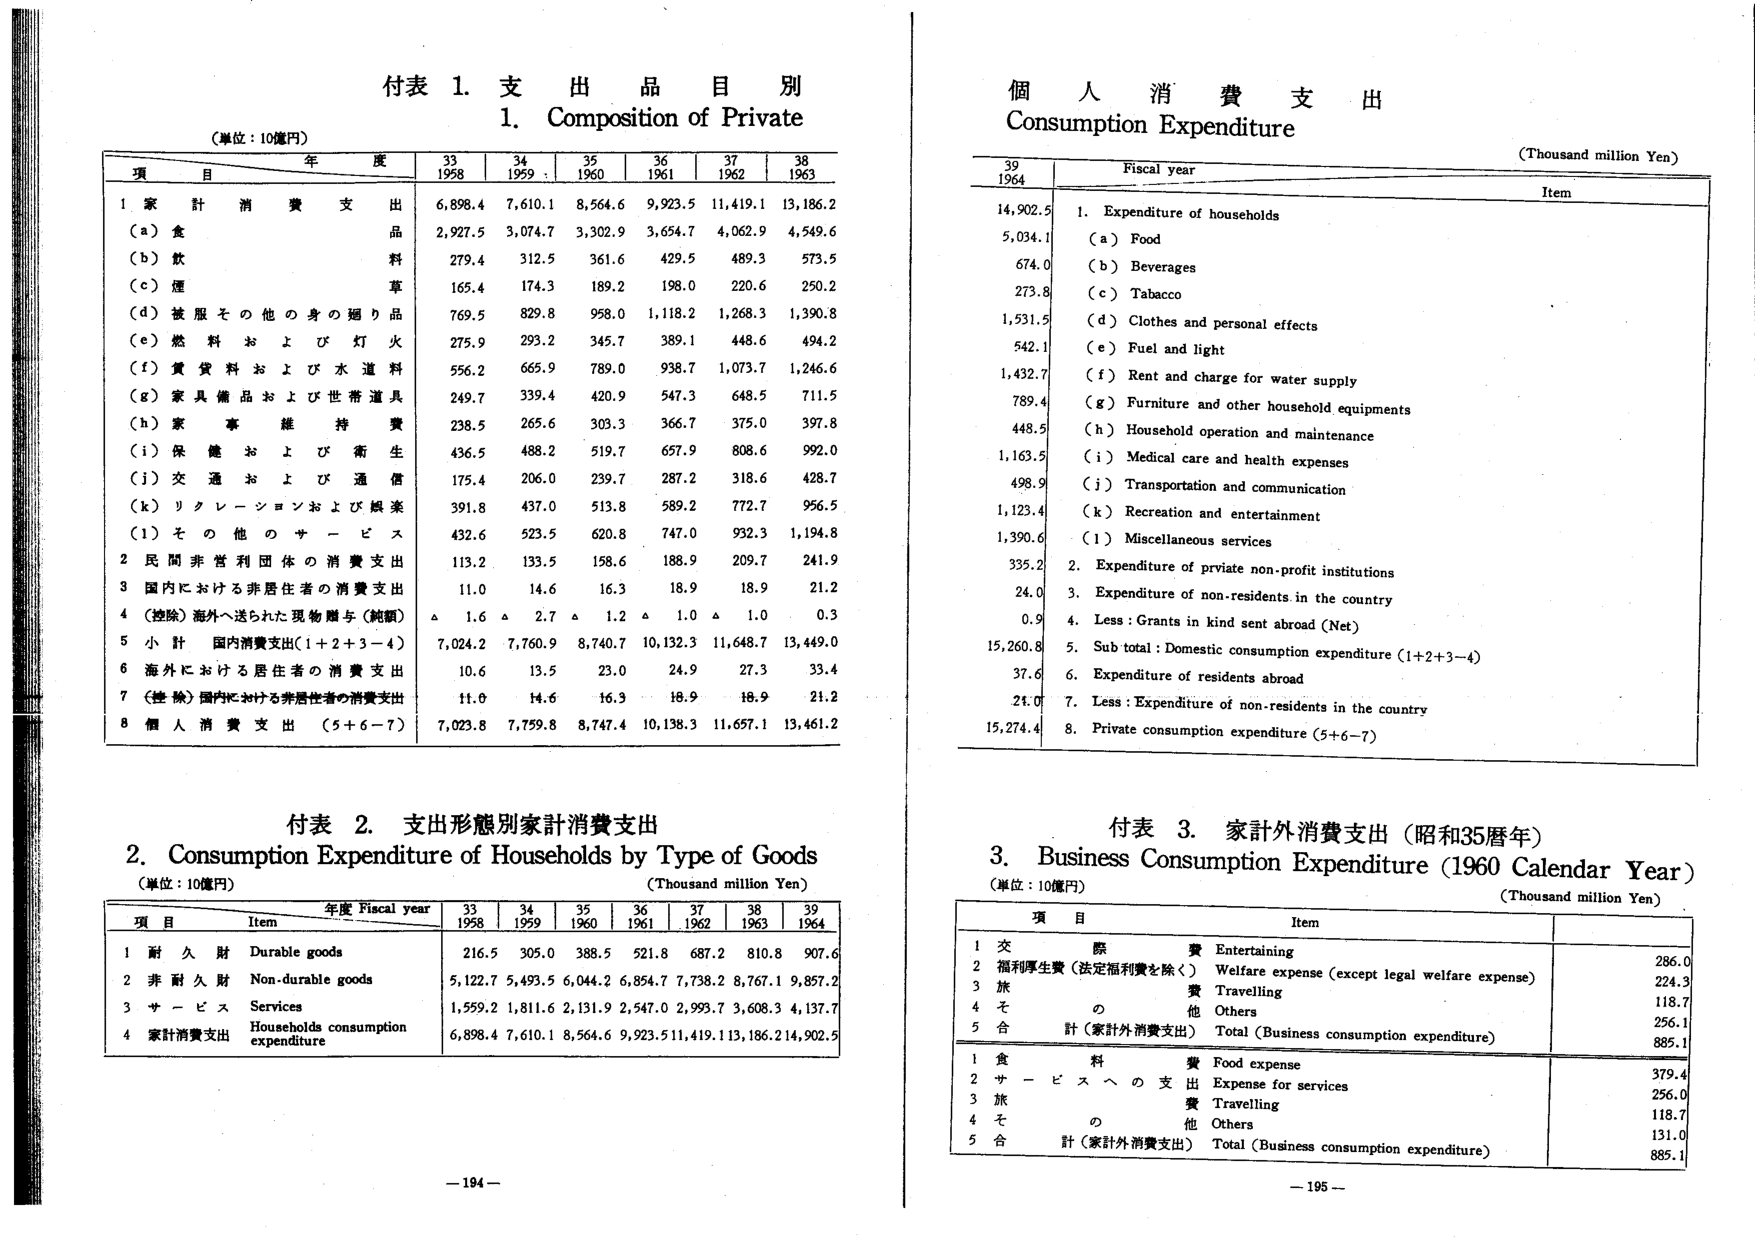
付表 1. 支出品目別
1. Composition of Private
(単位：10億円)
項 目 年 度 33 34 35 36 37 38
1958 1959 1960 1961 1962 1963
1 家計消費支出 6,898.4 7,610.1 8,564.6 9,923.5 11,419.1 13,186.2
(a) 食品 2,927.5 3,074.7 3,302.9 3,654.7 4,062.9 4,549.6
(b) 飲料 279.4 312.5 361.6 429.5 489.3 573.5
(c) 煙草 165.4 174.3 189.2 198.0 220.6 250.2
(d) 被服その他の身の回り品 769.5 829.8 958.0 1,118.2 1,268.3 1,390.8
(e) 燃料および灯火 275.9 293.2 345.7 389.1 448.6 494.2
(f) 賃貸料および水道料 556.2 665.9 789.0 938.7 1,073.7 1,246.6
(g) 家具備品および世帯道具 249.7 339.4 420.9 547.3 648.5 711.5
(h) 家事維持費 238.5 265.6 303.3 366.7 375.0 397.8
(i) 保健および衛生 436.5 488.2 519.7 657.9 808.6 992.0
(j) 交通および通信 175.4 206.0 239.7 287.2 318.6 428.7
(k) リクレーションおよび娯楽 391.8 437.0 513.8 589.2 772.7 956.5
(l) その他サービス 432.6 523.5 620.8 747.0 932.3 1,194.8
2 民間非営利団体の消費支出 113.2 133.5 158.6 188.9 209.7 241.9
3 国内における非居住者の消費支出 11.0 14.6 16.3 18.9 18.9 21.2
4 (控除) 海外へ送られた現物贈与(純額) △ 1.6 △ 2.7 △ 1.2 △ 1.0 △ 1.0 0.3
5 小計 国内消費支出(1+2+3-4) 7,024.2 7,760.9 8,740.7 10,132.3 11,648.7 13,449.0
6 海外における居住者の消費支出 10.6 13.5 23.0 24.9 27.3 33.4
7 (控除) 国内における非居住者の消費支出 11.0 14.6 16.3 18.9 18.9 21.2
8 個人消費支出 (5+6-7) 7,023.8 7,759.8 8,747.4 10,138.3 11,657.1 13,461.2

個人消費支出
Consumption Expenditure
(Thousand million Yen)
39 Fiscal year Item
1964
14,902.5 1. Expenditure of households
5,034.1 (a) Food
674.0 (b) Beverages
273.8 (c) Tobacco
1,531.5 (d) Clothes and personal effects
542.1 (e) Fuel and light
1,432.7 (f) Rent and charge for water supply
789.4 (g) Furniture and other household equipments
448.5 (h) Household operation and maintenance
1,163.5 (i) Medical care and health expenses
498.9 (j) Transportation and communication
1,123.4 (k) Recreation and entertainment
1,390.6 (l) Miscellaneous services
335.2 2. Expenditure of private non-profit institutions
24.0 3. Expenditure of non-residents in the country
0.9 4. Less: Grants in kind sent abroad (Net)
15,260.8 5. Sub total: Domestic consumption expenditure (1+2+3-4)
37.6 6. Expenditure of residents abroad
24.0 7. Less: Expenditure of non-residents in the country
15,274.4 8. Private consumption expenditure (5+6-7)

付表 2. 支出形態別家計消費支出
2. Consumption Expenditure of Households by Type of Goods
(単位：10億円) (Thousand million Yen)
項 目 年度 Fiscal year 33 34 35 36 37 38 39
1958 1959 1960 1961 1962 1963 1964
1 耐久財 Durable goods 216.5 305.0 388.5 521.8 687.2 810.8 907.6
2 非耐久財 Non-durable goods 5,122.7 5,493.5 6,044.2 6,854.7 7,738.2 8,767.1 9,857.2
3 サービス Services 1,559.2 1,811.6 2,131.9 2,547.0 2,993.7 3,608.3 4,137.7
4 家計消費支出 Households consumption expenditure 6,898.4 7,610.1 8,564.6 9,923.5 11,419.1 13,186.2 14,902.5

付表 3. 家計外消費支出（昭和35暦年）
3. Business Consumption Expenditure (1960 Calendar Year)
(単位：10億円) (Thousand million Yen)
項 目 Item
1 交際費 Entertaining 286.0
2 福利厚生費（法定福利費を除く） Welfare expense (except legal welfare expense) 224.3
3 旅費 Travelling 118.7
4 その他 Others 256.1
5 合計（家計外消費支出） Total (Business consumption expenditure) 885.1
1 食料費 Food expense 379.4
2 サービスへの支出 Expense for services 256.0
3 旅費 Travelling 118.7
4 その他 Others 131.0
5 合計（家計外消費支出） Total (Business consumption expenditure) 885.1

- 194 -
- 195 -